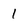
Character: 1